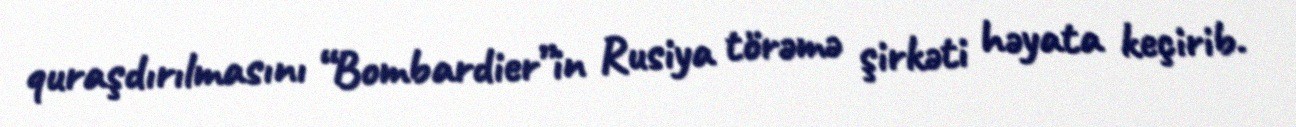
quraşdırılmasını “Bombardier”in Rusiya törəmə şirkəti həyata keçirib.